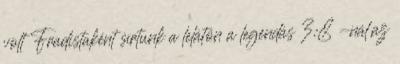
volt Fradistaként sírtunk a lelátón a legendás 3:8 -nál,az